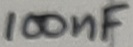
Text: 100nF